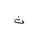
Letter: _tha